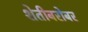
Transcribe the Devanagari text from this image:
शेतीबरोबर